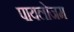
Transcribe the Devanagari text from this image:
पायलोजम